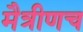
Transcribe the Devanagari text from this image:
मैत्रीणच